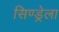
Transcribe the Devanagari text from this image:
सिण्ड्रेला